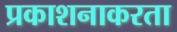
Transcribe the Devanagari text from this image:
प्रकाशनाकरता